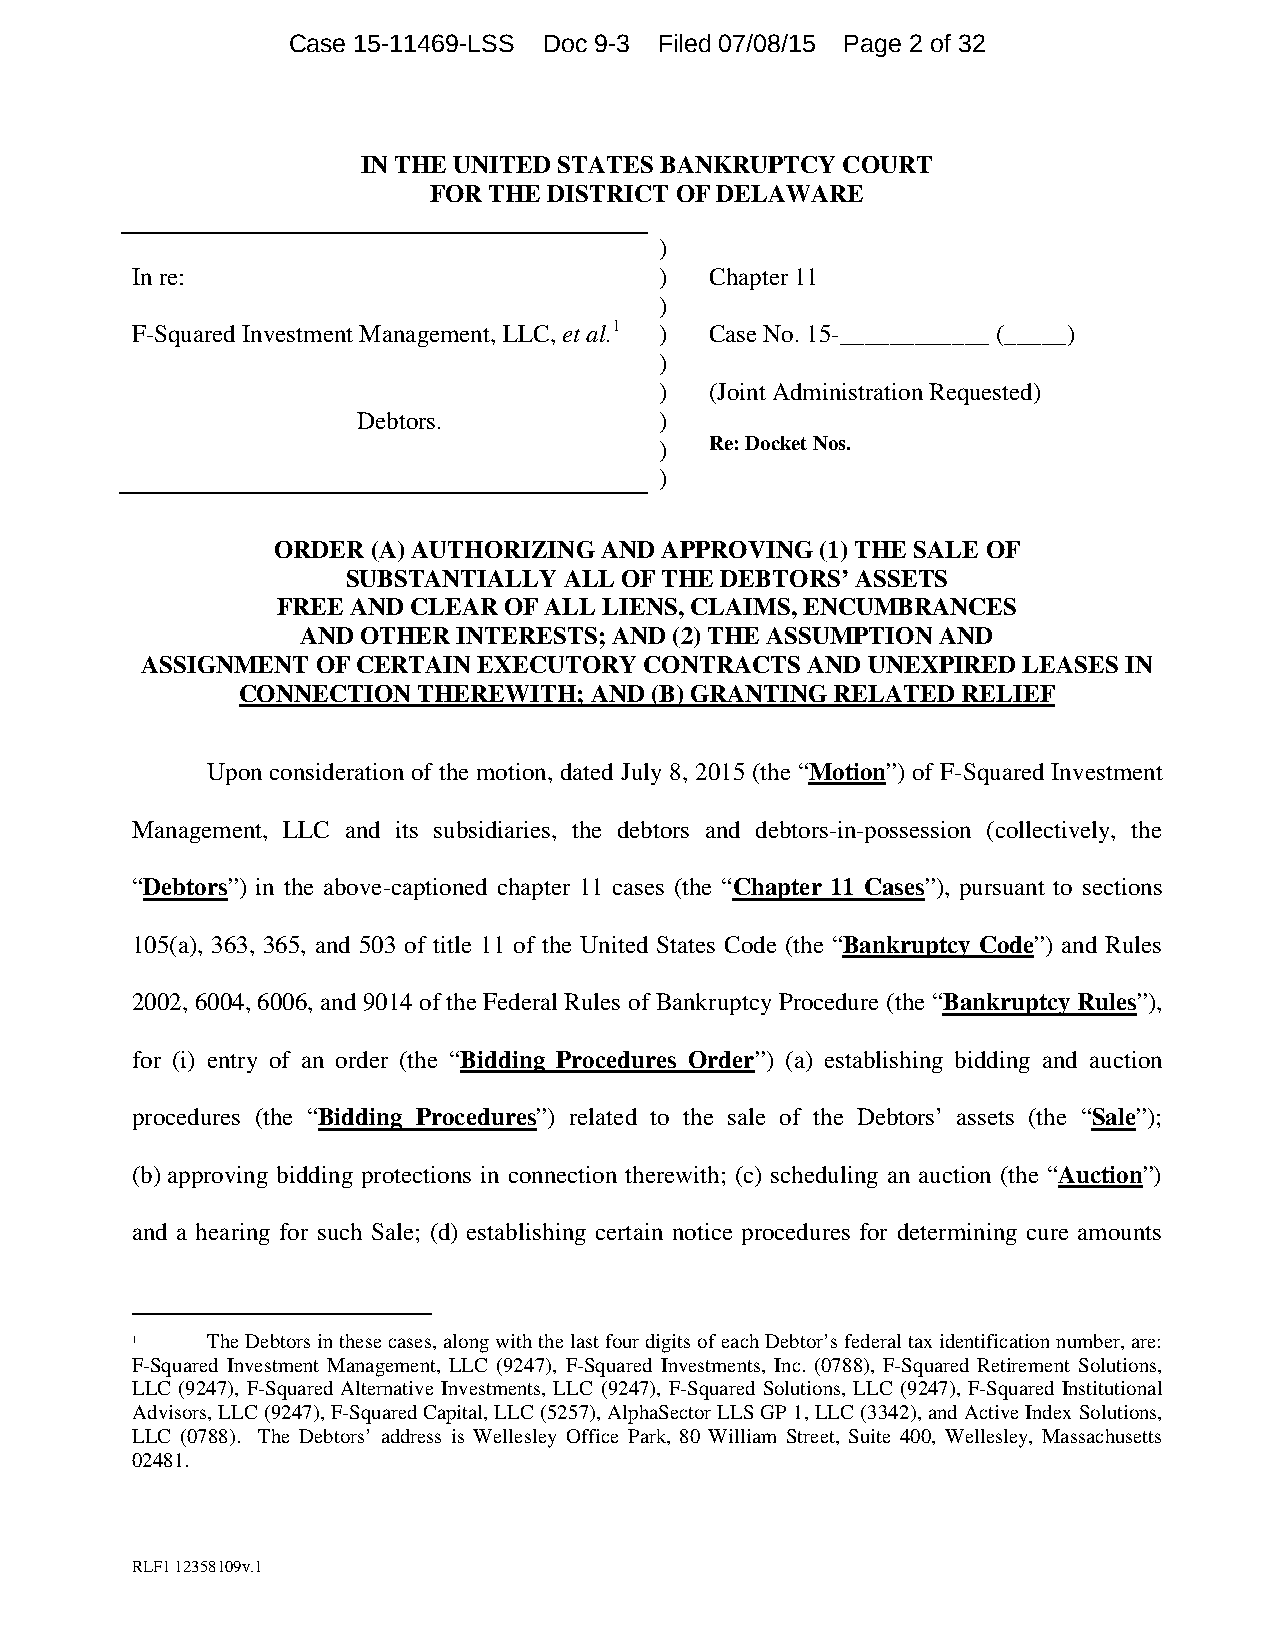
Case 15-11469-LSS Doc 9-3 Filed 07/08/15 Page 2 of 32
 IN THE UNITED STATES BANKRUPTCY COURT
 FOR THE DISTRICT OF DELAWARE
 )
 In re:                             )  Chapter 11
 )
 F-Squared Investment Management, LLC, et al.1 ) Case No. 15-____________ (_____)
 )
 )  (Joint Administration Requested)
 Debtors.            )
 )  Re: Docket Nos.
 )
 ORDER  (A) AUTHORIZING AND APPROVING (1) THE SALE OF
 SUBSTANTIALLY ALL OF THE DEBTORS’ ASSETS
 FREE AND CLEAR OF ALL LIENS, CLAIMS, ENCUMBRANCES
 AND OTHER INTERESTS; AND (2) THE ASSUMPTION AND
 ASSIGNMENT  OF CERTAIN EXECUTORY  CONTRACTS AND UNEXPIRED  LEASES IN
 CONNECTION  THEREWITH; AND (B) GRANTING RELATED RELIEF
 Upon consideration of the motion, dated July 8, 2015 (the “Motion”) of F-Squared Investment
 Management, LLC and its subsidiaries, the debtors and debtors-in-possession (collectively, the
 “Debtors”) in the above-captioned chapter 11 cases (the “Chapter 11 Cases”), pursuant to sections
 105(a), 363, 365, and 503 of title 11 of the United States Code (the “Bankruptcy Code”) and Rules
 2002, 6004, 6006, and 9014 of the Federal Rules of Bankruptcy Procedure (the “Bankruptcy Rules”),
 for (i) entry of an order (the “Bidding Procedures Order”) (a) establishing bidding and auction
 procedures (the “Bidding Procedures”) related to the sale of the Debtors’ assets (the “Sale”);
 (b) approving bidding protections in connection therewith; (c) scheduling an auction (the “Auction”)
 and a hearing for such Sale; (d) establishing certain notice procedures for determining cure amounts
 1    The Debtors in these cases, along with the last four digits of each Debtor’s federal tax identification number, are:
 F-Squared Investment Management, LLC (9247), F-Squared Investments, Inc. (0788), F-Squared Retirement Solutions,
 LLC (9247), F-Squared Alternative Investments, LLC (9247), F-Squared Solutions, LLC (9247), F-Squared Institutional
 Advisors, LLC (9247), F-Squared Capital, LLC (5257), AlphaSector LLS GP 1, LLC (3342), and Active Index Solutions,
 LLC (0788). The Debtors’ address is Wellesley Office Park, 80 William Street, Suite 400, Wellesley, Massachusetts
 02481.
 RLF1 12358109v.1